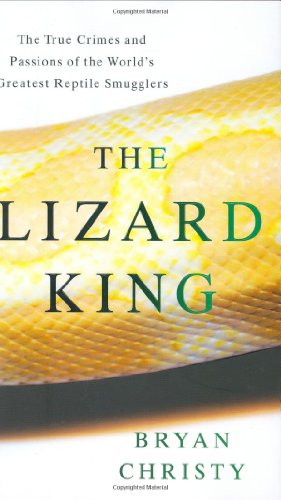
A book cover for The Lizard King: The True Crimes and Passions of the World's Greatest Reptile Smugglers; Bryan Christy; Crafts, Hobbies & Home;